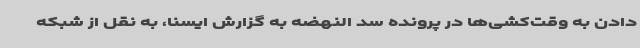
دادن به وقت‌کشی‌ها در پرونده سد النهضه به گزارش ایسنا، به نقل از شبکه